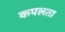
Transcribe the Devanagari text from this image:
कपलता